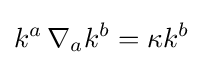
k^{a}\,\nabla _{a}k^{b}=\kappa k^{b}